Annual report on the working of the Harcourt Butler Institute of Public Health, Rangoon
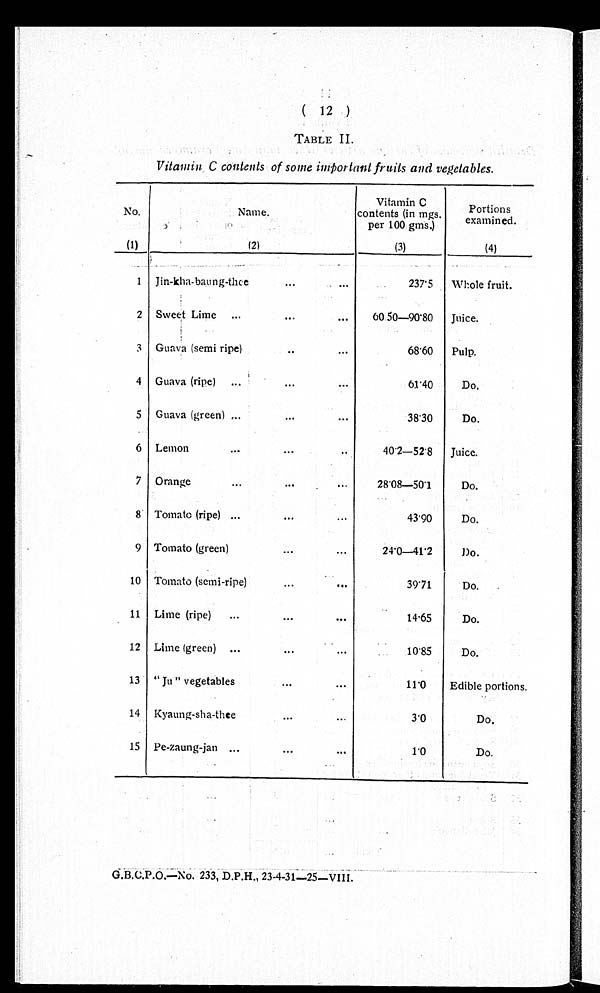
( 12 )
TABLE II.
Vitamin C contents of some important fruits and vegetables.
No.
Name.
Vitamin C
contents (in mgs.
per 100 gms.)
Por t i ons
examined.
(1)
( 2 )
(3)
(4)
1 Jin-kha-baung-thee
...
...
237.5 Whole fruit.
2 Sweet Lime ...
...
...
60.50-90.80 Juice.
3 Guava (semi ripe)
..
...
68.60 Pulp.
4 Guava (ripe)
...
...
...
61.40
Do.
5 Guava (green)
...
...
...
38.30
Do.
6 Lemon
..
.
...
...
40.2-52.8 Juice.
7 Orange
...
...
...
28.08-50.1
Do.
8 Tomato (ripe)
...
...
. . .
43.90
Do.
9 Tomato (green)
...
...
24.0-41.2
Do.
10 Tomato (semi-ripe)
...
...
39.71
Do.
11 Lime (ripe) ...
...
...
14.65
Do.
12 Lime (green) ...
...
...
10.85
Do.
13 "Ju" vegetables
...
...
11.0
Edible portions.
14 Kyaung-sha-thee
...
3.0
D o .
15 Pe-zaung-jan ...
...
...
1.0
Do.
G.B.C.P.O.—No. 233, D.P.H., 23-4-31—25—VIII.